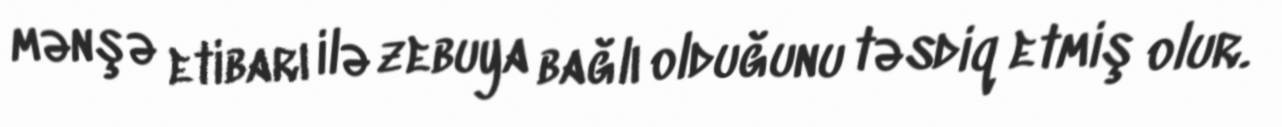
mənşə etibarı ilə zebuya bağlı olduğunu təsdiq etmiş olur.